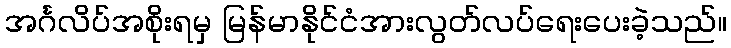
အင်္ဂလိပ်အစိုးရမှ မြန်မာနိုင်ငံအားလွတ်လပ်ရေးပေးခဲ့သည်။